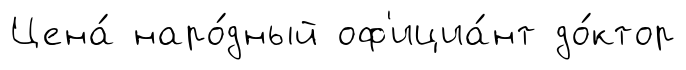
Цена́ наро́дный оф'ициа́нт до́ктор